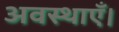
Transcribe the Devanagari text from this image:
अवस्थाएँ।